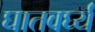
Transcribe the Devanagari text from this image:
घातवर्घ्य